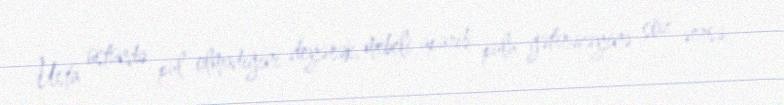
Usta üstündə pul olmadığını deyərək, mebeli aparıb pulu gətirəcəyinə söz versə